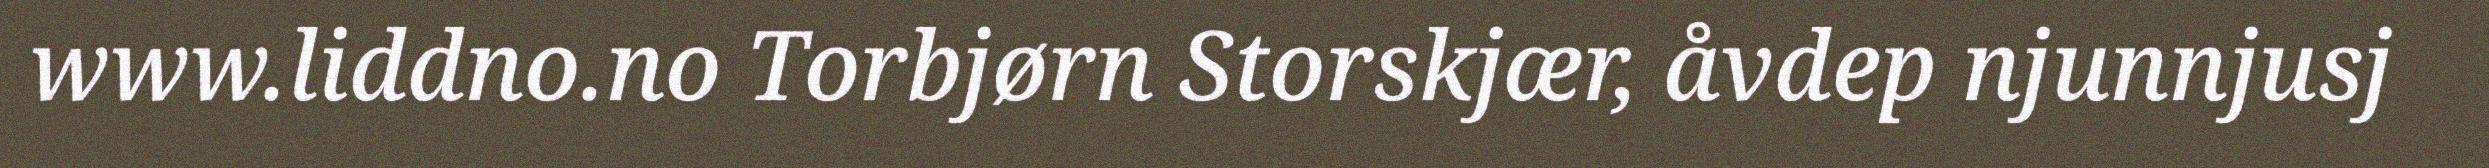
www.liddno.no Torbjørn Storskjær, åvdep njunnjusj